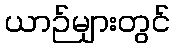
ယာဉ်များတွင်